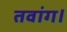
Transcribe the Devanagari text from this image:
तवांग।